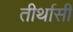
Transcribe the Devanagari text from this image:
तीर्थासी